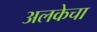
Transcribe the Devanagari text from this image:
अलकेचा